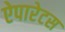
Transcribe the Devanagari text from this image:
ऐपारेटस